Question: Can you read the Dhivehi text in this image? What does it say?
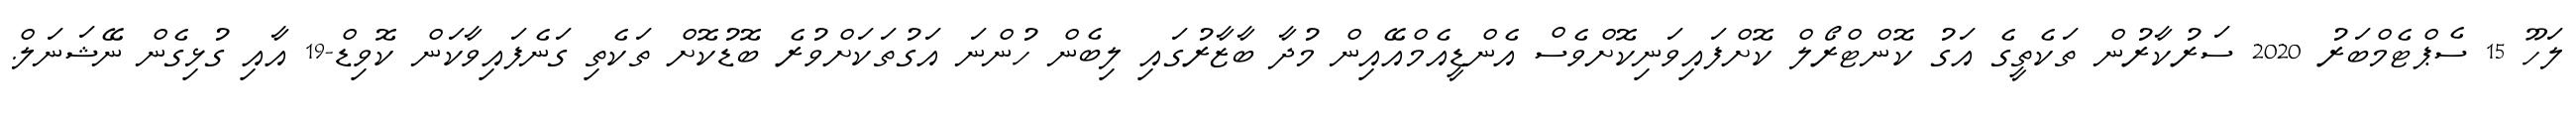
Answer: ލަހޫ 15 ސެޕްޓެމްބަރު 2020 ސަރުކާރުން ތަކެތީގެ އަގު ކޮންޓްރޯލް ކޮށްފައިވަނިކޮށްވެސް އެންޑީއެމްއޭއިން މުދާ ބާޒާރުގައި ލިބެން ހުންނަ އަގުތަކަށްވުރެ ބޮޑުކޮށް ތަކެތި ގަނެފައިވާކަން ކޮވިޑް-19 އާއި ގުޅިގެން ނޭޝަނަލް.